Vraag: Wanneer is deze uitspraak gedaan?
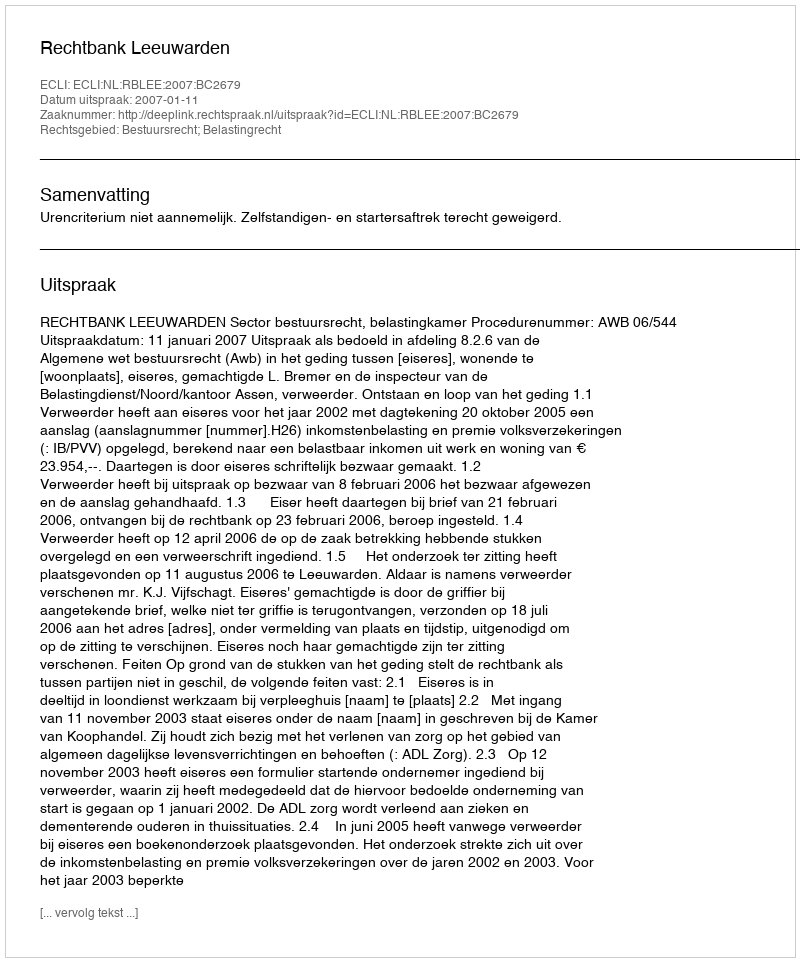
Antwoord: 2007-01-11